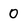
Character: 0